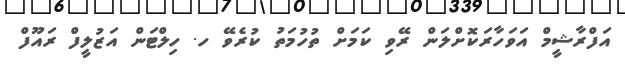
އަފްރާޝީމް އަވަހާރަކޮށްލަން ރޭވި ކަމަށް ތުހުމަތު ކުރެވޭ ހ. ހިލްޓަން އަޒުލީފް ރައޫފް